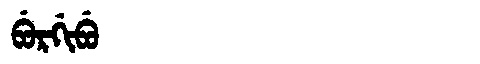
Manchu: ᠪᡠᡵᡤᡳᠪᡠ
Romanization: BURGIBU